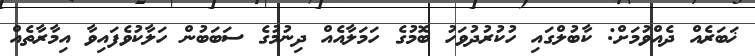
ޚަބަރެއް ދެއްވުމަށް: ކާބުލްގައި ހުކުރުދުވަހު ބޮމުގެ ހަމަލާއެއް ދިނުމުގެ ސަބަބުން ހަލާކުވެފައިވާ އިމާރާތެއް